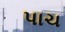
પાચ